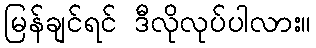
မြန်ချင်ရင် ဒီလိုလုပ်ပါလား။